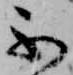
不